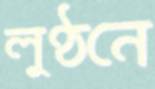
লুণ্ঠনে